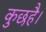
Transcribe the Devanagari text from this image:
कुछहै।